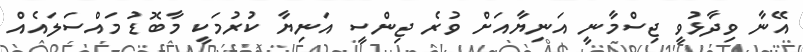
އޭނާ ވިދާޅުވީ ޖިސްމާނީ އަނިޔާއަށް ވުރެ ޖިންސީ އަނިޔާ ކުރުމަކީ މާބޮޑު މައްސަލައެއް